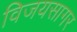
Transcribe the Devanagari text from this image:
विजयसागर